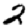
Digit: 2